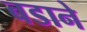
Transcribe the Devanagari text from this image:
बडाने